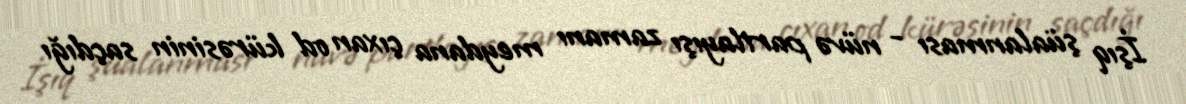
İşıq şüalanması - nüvə partlayışı zamanı meydana çıxan od kürəsinin saçdığı